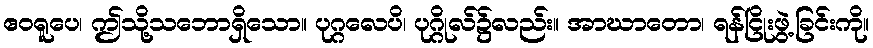
ဧဝရူပေ၊ ဤသို့သဘောရှိသော။ ပုဂ္ဂလေပိ၊ ပုဂ္ဂိုလ်၌လည်း။ အာဃာတော၊ ရန်ငြိုးဖွဲ့ခြင်းကို။